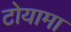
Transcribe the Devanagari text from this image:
टोयामा